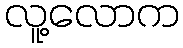
လူ့လောက